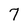
Character: 7